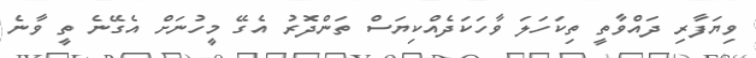
ވިޔަފާރި ދައްވާތީ ތިކަހަލަ ވާހަކަދެއްކިޔަސް ތަންދޮރު އެގޭ މީހުނަށް އެގޭނެ ތީ ވާނެ